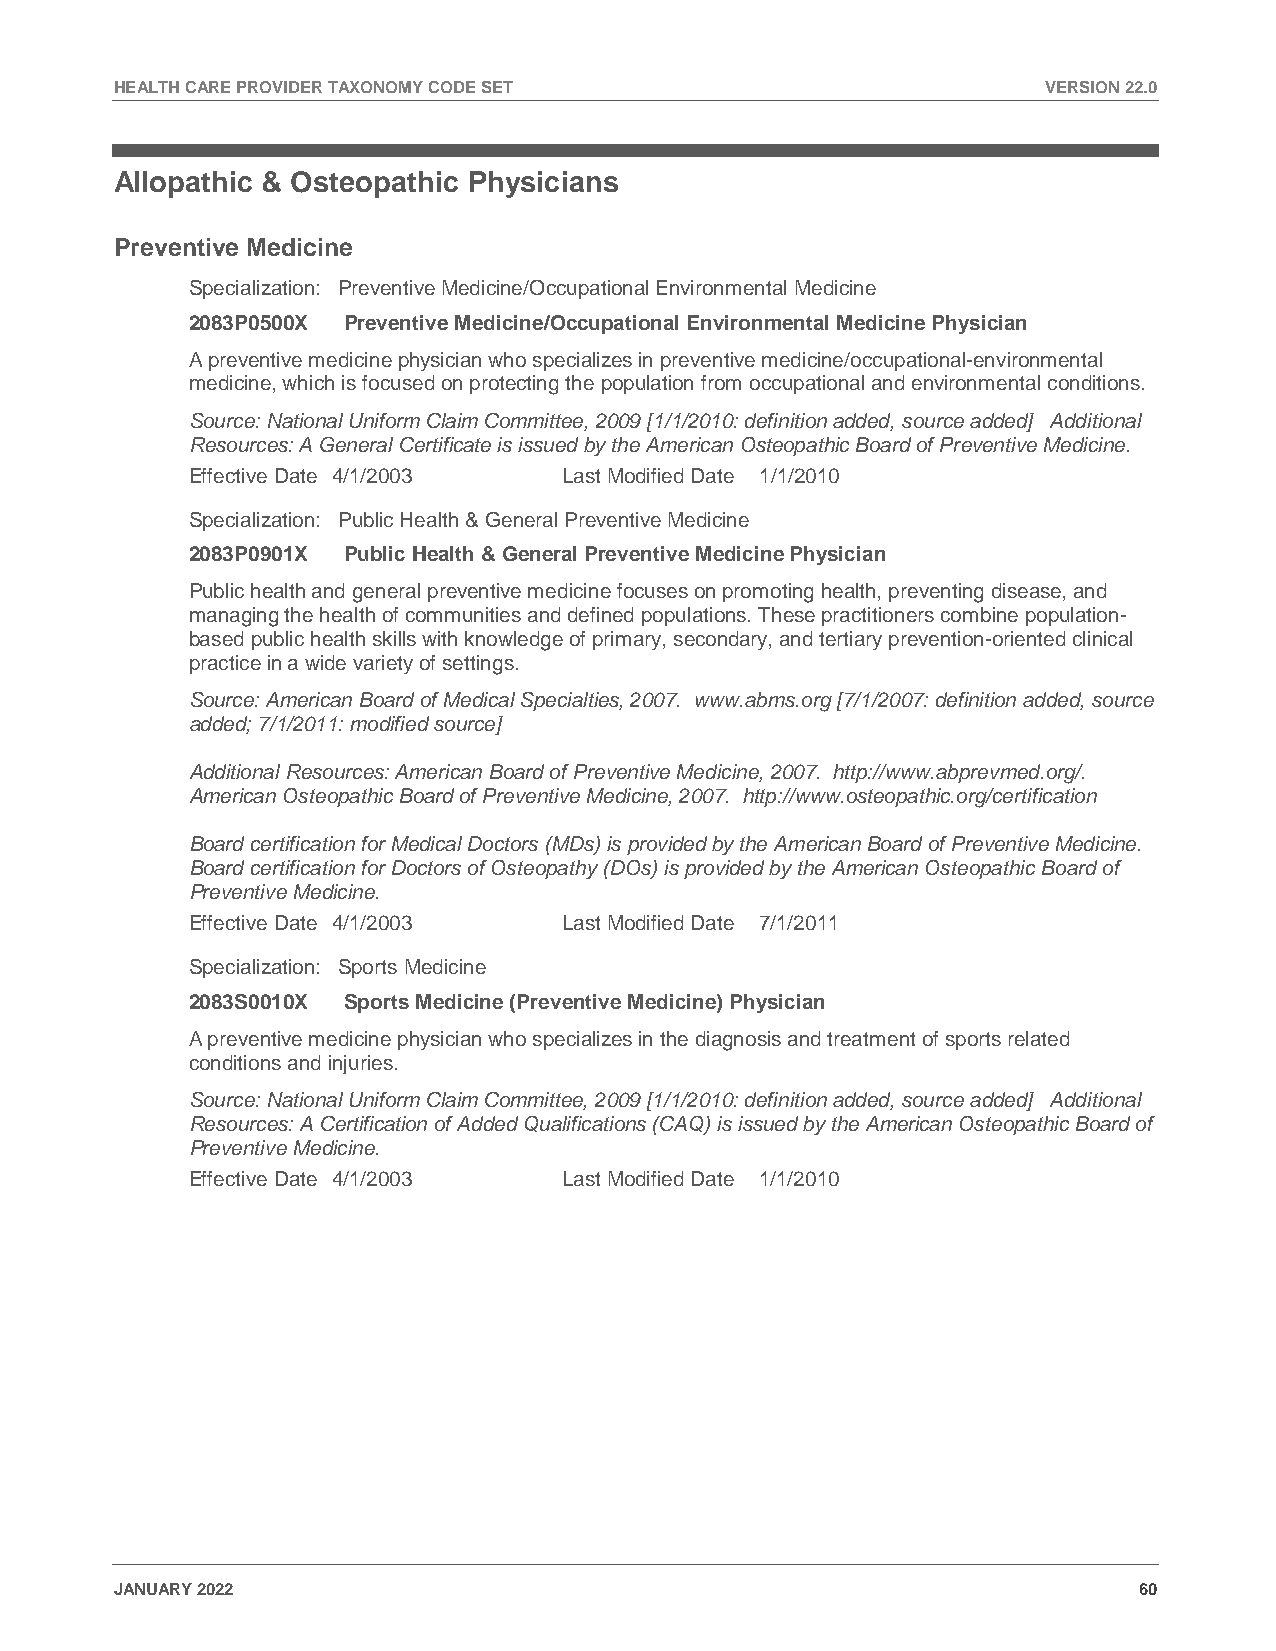
HEALTH CARE PROVIDER TAXONOMY CODE SET                       VERSION 22.0
 Allopathic & Osteopathic Physicians
 Preventive Medicine
 Specialization: Preventive Medicine/Occupational Environmental Medicine
 2083P0500X Preventive Medicine/Occupational Environmental Medicine Physician
 A preventive medicine physician who specializes in preventive medicine/occupational-environmental
 medicine, which is focused on protecting the population from occupational and environmental conditions.
 Source: National Uniform Claim Committee, 2009 [1/1/2010: definition added, source added] Additional
 Resources: A General Certificate is issued by the American Osteopathic Board of Preventive Medicine.
 Effective Date 4/1/2003  Last Modified Date 1/1/2010
 Specialization: Public Health & General Preventive Medicine
 2083P0901X Public Health & General Preventive Medicine Physician
 Public health and general preventive medicine focuses on promoting health, preventing disease, and
 managing the health of communities and defined populations. These practitioners combine population-
 based public health skills with knowledge of primary, secondary, and tertiary prevention-oriented clinical
 practice in a wide variety of settings.
 Source: American Board of Medical Specialties, 2007. www.abms.org [7/1/2007: definition added, source
 added; 7/1/2011: modified source]
 Additional Resources: American Board of Preventive Medicine, 2007. http://www.abprevmed.org/.
 American Osteopathic Board of Preventive Medicine, 2007. http://www.osteopathic.org/certification
 Board certification for Medical Doctors (MDs) is provided by the American Board of Preventive Medicine.
 Board certification for Doctors of Osteopathy (DOs) is provided by the American Osteopathic Board of
 Preventive Medicine.
 Effective Date 4/1/2003  Last Modified Date 7/1/2011
 Specialization: Sports Medicine
 2083S0010X Sports Medicine (Preventive Medicine) Physician
 A preventive medicine physician who specializes in the diagnosis and treatment of sports related
 conditions and injuries.
 Source: National Uniform Claim Committee, 2009 [1/1/2010: definition added, source added] Additional
 Resources: A Certification of Added Qualifications (CAQ) is issued by the American Osteopathic Board of
 Preventive Medicine.
 Effective Date 4/1/2003  Last Modified Date 1/1/2010
 JANUARY 2022                                                       60